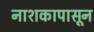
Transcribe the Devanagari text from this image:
नाशकापासून